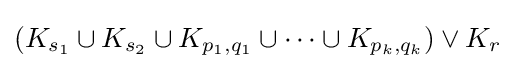
(K_{s_{1}}\cup K_{s_{2}}\cup K_{p_{1},q_{1}}\cup \cdots \cup K_{p_{k},q_{k}})\vee K_{r}